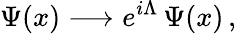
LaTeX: \Psi(x)\longrightarrow e^{i\Lambda}\, \Psi(x)\, ,